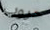
حروب